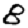
Digit: 8